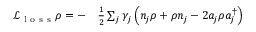
\begin{array} { r l } { \mathcal { L } _ { \mathrm { ~ l ~ o ~ s ~ s ~ } } \rho = - } & { { } \frac { 1 } { 2 } \sum _ { j } \gamma _ { j } \left( n _ { j } \rho + \rho n _ { j } - 2 a _ { j } \rho a _ { j } ^ { \dagger } \right) } \end{array}